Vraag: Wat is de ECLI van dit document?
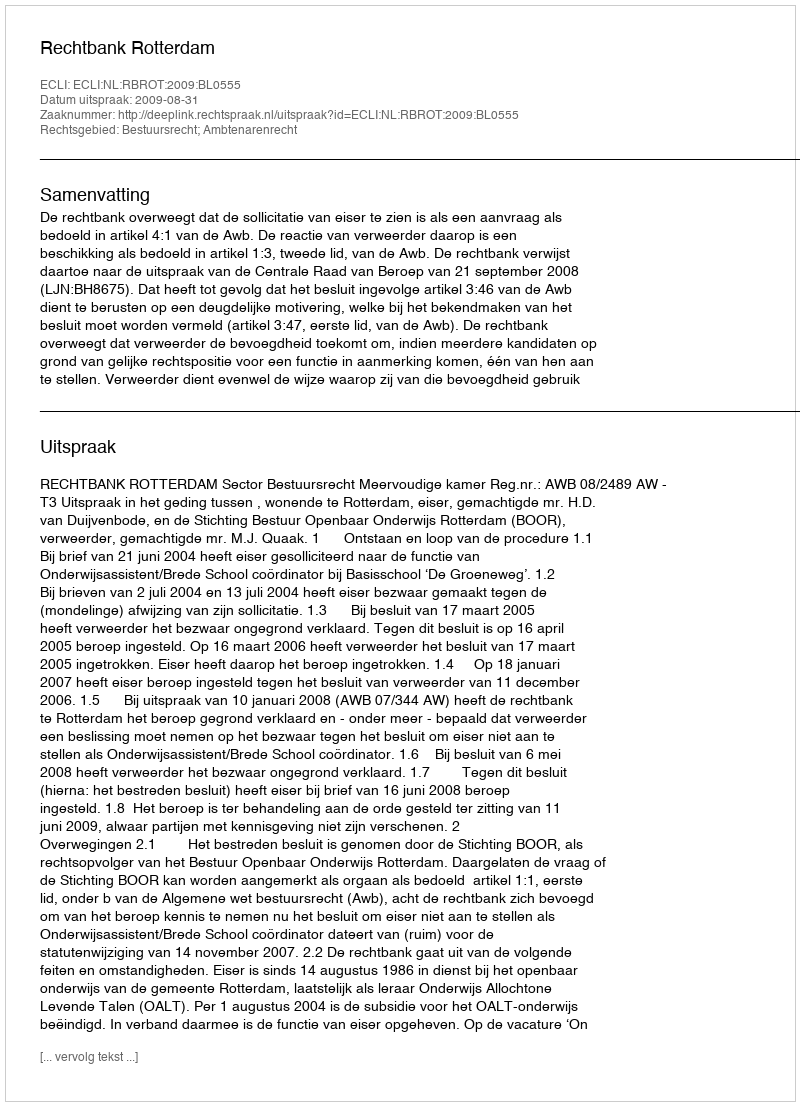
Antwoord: ECLI:NL:RBROT:2009:BL0555